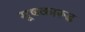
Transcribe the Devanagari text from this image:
मूषकारूढ